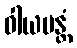
ဝါယမန္တံ